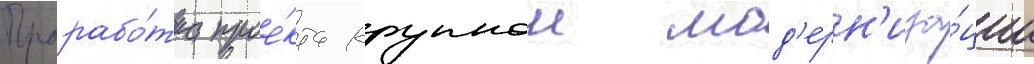
Прорабо́тка прое́кта крупнои мод'ерн'иза́ции